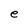
Character: e